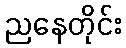
ညနေတိုင်း